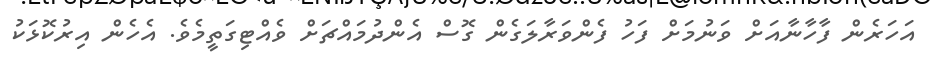
އަހަރެން ފާހާނާއަށް ވަނުމަށް ފަހު ފެންވަރާލަގެން ގޮސް އެންދުމައްޗަށް ވެއްޓިގަތީމެވެ. އެހެން އިރުކޮޅަކު